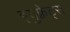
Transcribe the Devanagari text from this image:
इयुफ़्रेट्स